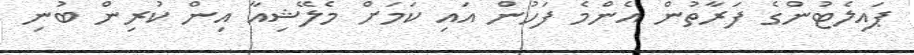
ޕައިލެޓުންގެ ފަރާތުން އެންމެ ފަހުން އައި ކަމަށް މެލޭޝިއާ އިން ކުރިން ބުނި